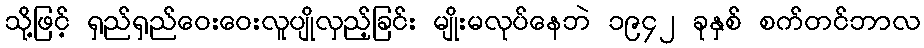
သို့ဖြင့် ရှည်ရှည်ဝေးဝေးလူပျိုလှည့်ခြင်း မျိုးမလုပ်နေဘဲ ၁၉၄၂ ခုနှစ် စက်တင်ဘာလ